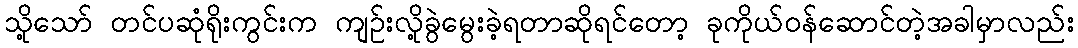
သို့သော် တင်ပဆုံရိုးကွင်းက ကျဉ်းလို့ခွဲမွေးခဲ့ရတာဆိုရင်တော့ ခုကိုယ်ဝန်ဆောင်တဲ့အခါမှာလည်း